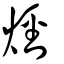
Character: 烴